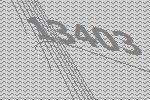
13403